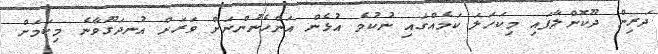
ދަރިން ދޫކޮށްލާފައި މިކަހަލަ ކަމެއްގައި ނުކުމެ އުޅެން އަންހެނުންނަށް ވަރަށް އުނދަގޫވާނެ މިކަމަށް